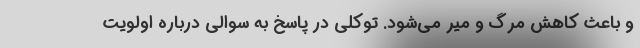
و باعث کاهش مرگ و میر می‌شود. توکلی در پاسخ به سوالی درباره اولویت